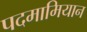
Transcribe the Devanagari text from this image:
पदमामियान